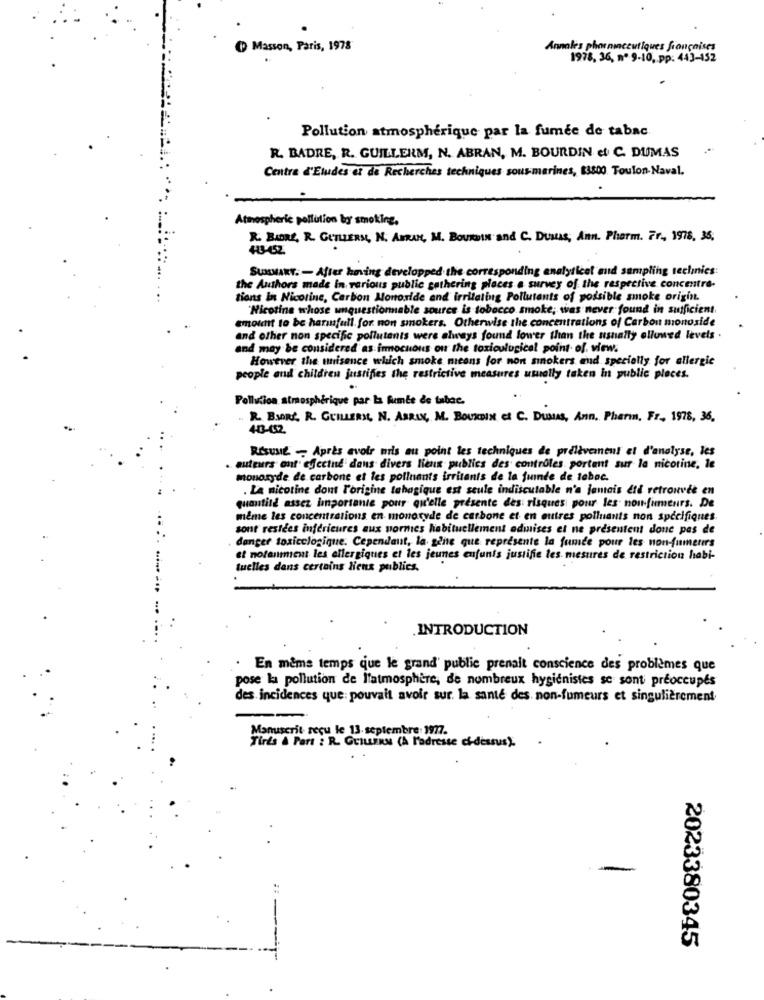
Masson, Paris, 1978
Annales pharmaceutiques françaises
1978. 36, nº 9-10, pp: 443-452
Pollution atmosphérique par la fumée de tabac.
R. BADRE, R. GUILLERM, N. ABRAN, M. BOURDIN et C. DUMAS
Centre d'Etudes et de Recherches techniques sous-marines, 83800. Toulon-Naval.
Atmospheric pollution by smoking.
R. BIORE, R. GUTLERS, N. AMRAN, M. BOURDIN and C. DUMAS, Ann. Pharm. Fr ., 1978, 36,
SUMMARY. - After having developped the corresponding analyticel and sampling technics
the Authors made in various public gathering places a survey of the respective concentre-
tions in Nicotine, Carbon Monoxide and irritating Pollutants of possible smoke origin.
"Nicotine whose unquestionable source is tobocco smoke; was never found in sufficient
amount to be harmfull. for non smokers. Otherwise the concentrations of Carbon monoxide
and other non specific pollutants were always found lower than the usually olluwed levels .
and may be considered as innocuous on the toxiculugical point of view.
However the unisence which smoke means for non sinokers and specially for allergic
people and children justifies the restrictive measures usually taken in public places.
Pollution atmosphérique par La fumée de tabac.
R. BIORS. R. GUILLERMO, N. ASRIN, M. BOUNDIN et C. DUMAS, Ann. Pharm. Fr ., 1978, 36,
443-452
RÉSUMÉ -- Après avoir mis au point les techniques de prélèvement et d'analyse, les
. auteurs ont efecind dans divers lieux publics des controles portant sur la nicotine, le
monoxyde de carbone et les polluants irritants de la juinde de tabac.
. La nicotine dont L'origine tahagique est seule indiscutable n'a jamais Etd retrouvée en
quantité assez importante pour qu'elle presente des risques pour les non-fumeurs. De
même les concentrations en monoxyde de carbone et en autres polluants non spécifiques.
sont restées inférieures aux normes habituellement odinises et ne présentent done pas de
danger toxicologique. Cependant, la gente que représente la fumde pour les non-fumeurs
et notamment les allergiques et les jeunes enfants justifie les mesures de restriction habi-
tuelles dans certains lieux publics.
INTRODUCTION
En même temps que le grand' public prenait conscience des problèmes que
pose la pollution de l'atmosphère, de nombreux hygienistes se sont préoccupés
des incidences que: pouvait avoir sur. la santé des non-fumeurs et singulièrement
Manuscrit reçu le 13. septembre: 1977.
Tires & Part : R. GuILLERN (A l'adresse ci-dessus).
2023380345